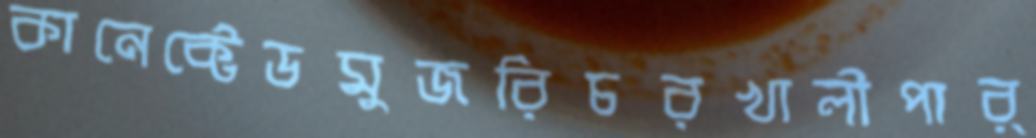
কানেক্টেডমুজরিচরখালীপার্